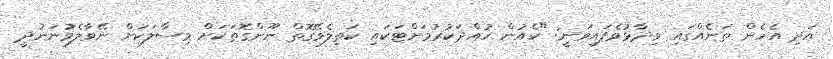
އަދި އެހެން ތަނެއްގައި ވިދާޅުވެފައިވަނީ: "ކެއުން ހުއްދަކުރުމަށްޓަކައި ކަތިލެވޭގޮތް ނޫންގޮތަކަށް މިސާލަކަށް ނޭވާލެވުނަނުދީ